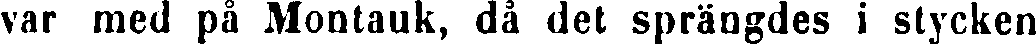
var med på Montauk, då det sprängdes i stycken